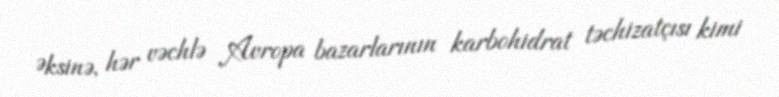
Əksinə, hər vəchlə Avropa bazarlarının karbohidrat təchizatçısı kimi